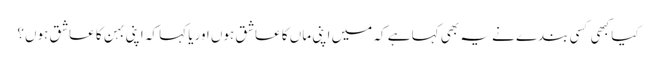
کیا کبھی کسی بندے نے یہ بھی کہا ہے کہ میں اپنی ماں کا عاشق ہوں اوریا کہا کہ اپنی بہن کا عاشق ہوں؟